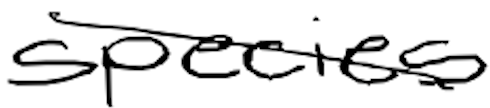
Text: species
Cross-out: diagonal
Writing tool: digital_black